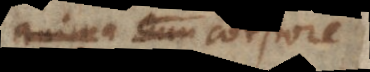
anima cum corpore